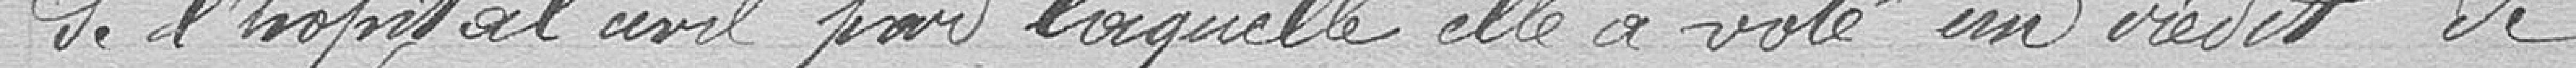
de l'hôpital civil pour laquelle elle a voté un crédit de